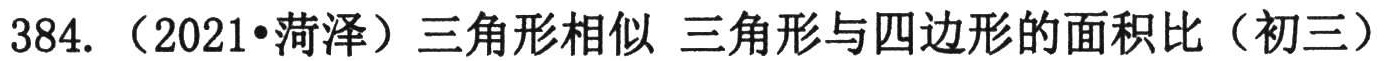
384. （2021•菏泽）三角形相似 三角形与四边形的面积比（初三）